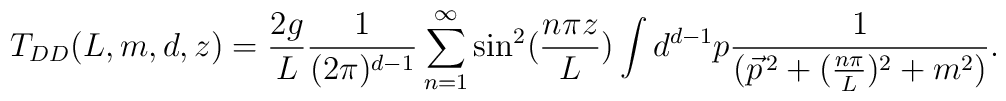
T_{DD}(L,m,d,z)=\frac{2g}{L}\frac{1}{(2\pi)^{d-1}}\sum_{n=1}^{\infty}\sin^{2}(\frac{n\pi z}{L})\int d^{d-1}p\frac{1}{(\vec{p}^{\,2}+(\frac{n\pi}{L})^{2}+m^{2})}.